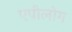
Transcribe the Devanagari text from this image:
एपीलोग